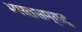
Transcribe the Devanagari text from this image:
भारतसम्राट्